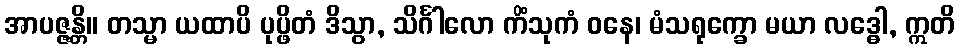
အာပဇ္ဇန္တိ။ တသ္မာ ယထာပိ ပုပ္ဖိတံ ဒိသွာ, သိင်္ဂါလော ကိံသုကံ ဝနေ၊ မံသရုက္ခော မယာ လဒ္ဓေါ, ဣတိ